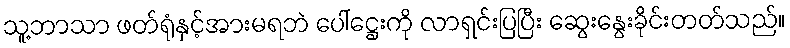
သူ့ဘာသာ ဖတ်ရုံနှင့်အားမရဘဲ ပေါ်ဋ္ဌေးကို လာရှင်းပြပြီး ဆွေးနွေးခိုင်းတတ်သည်။